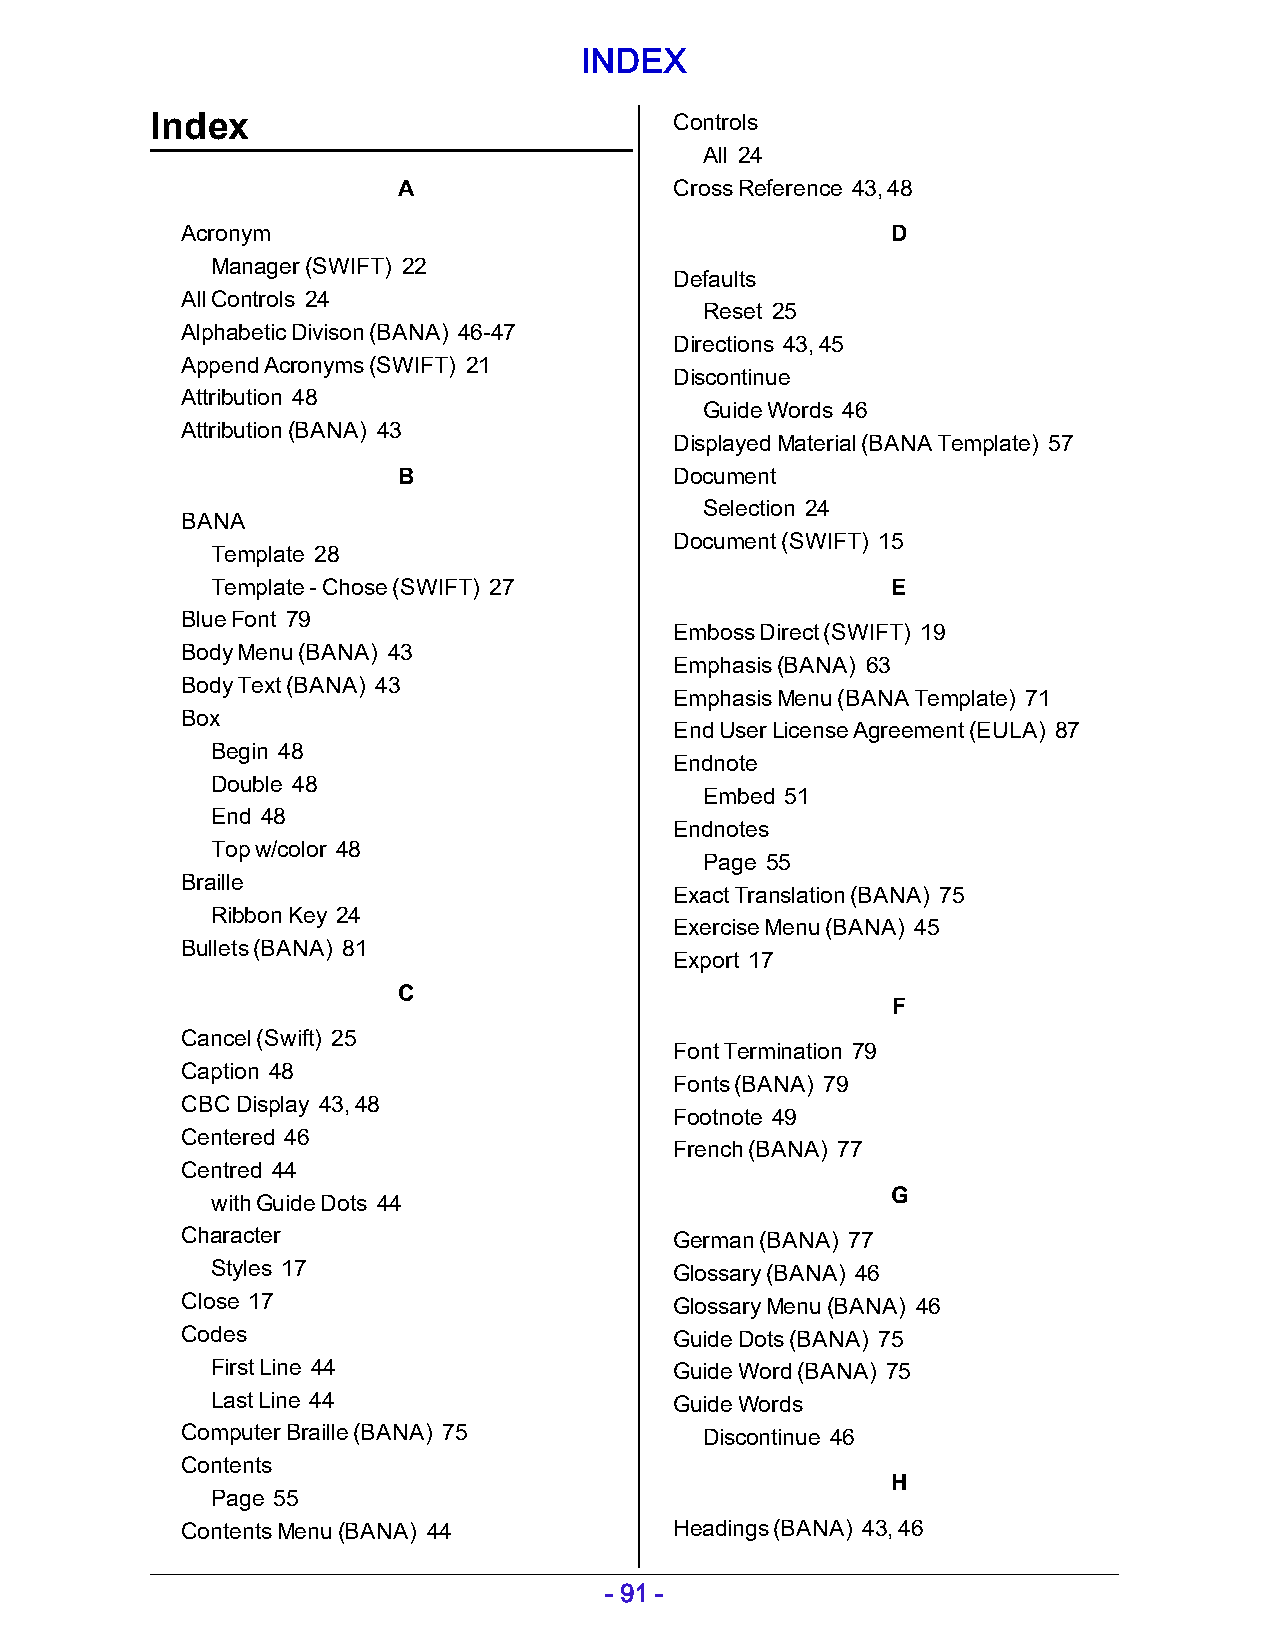
INDEX
 Index                              Controls
 All 24
 A                  Cross Reference 43, 48
 Acronym                                        D
 Manager (SWIFT) 22
 Defaults
 All Controls 24
 Reset 25
 Alphabetic Divison (BANA) 46-47
 Directions 43, 45
 Append Acronyms (SWIFT) 21
 Discontinue
 Attribution 48
 Guide Words 46
 Attribution (BANA) 43
 Displayed Material (BANA Template) 57
 B                  Document
 Selection 24
 BANA
 Document (SWIFT) 15
 Template 28
 Template - Chose (SWIFT) 27                  E
 Blue Font 79
 Emboss Direct (SWIFT) 19
 Body Menu (BANA) 43
 Emphasis (BANA) 63
 Body Text (BANA) 43
 Emphasis Menu (BANA Template) 71
 Box
 End User License Agreement (EULA) 87
 Begin 48
 Endnote
 Double 48
 Embed 51
 End 48
 Endnotes
 Top w/color 48
 Page 55
 Braille
 Exact Translation (BANA) 75
 Ribbon Key 24
 Exercise Menu (BANA) 45
 Bullets (BANA) 81
 Export 17
 C
 F
 Cancel (Swift) 25
 Font Termination 79
 Caption 48
 Fonts (BANA) 79
 CBC Display 43, 48
 Footnote 49
 Centered 46
 French (BANA) 77
 Centred 44
 G
 with Guide Dots 44
 Character                        German (BANA) 77
 Styles 17                      Glossary (BANA) 46
 Close 17                         Glossary Menu (BANA) 46
 Codes                            Guide Dots (BANA) 75
 First Line 44                  Guide Word (BANA) 75
 Last Line 44                   Guide Words
 Computer Braille (BANA) 75         Discontinue 46
 Contents
 H
 Page 55
 Contents Menu (BANA) 44          Headings (BANA) 43, 46
 - 91 -